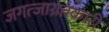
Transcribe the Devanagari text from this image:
जगत्जाग्रतकारी